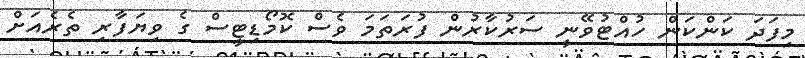
މިފަދަ ކަންކަން ހުއްޓުވޭނީ ސަރުކާރުން ފުރަތަމަ ވެސް ކޮމޯޑިޓީސް ގެ ވިޔަފާރި ތެެރެއަށް